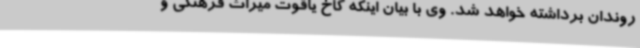
روندان برداشته خواهد شد. وی با بیان اینکه کاخ یاقوت میراث فرهنگی و